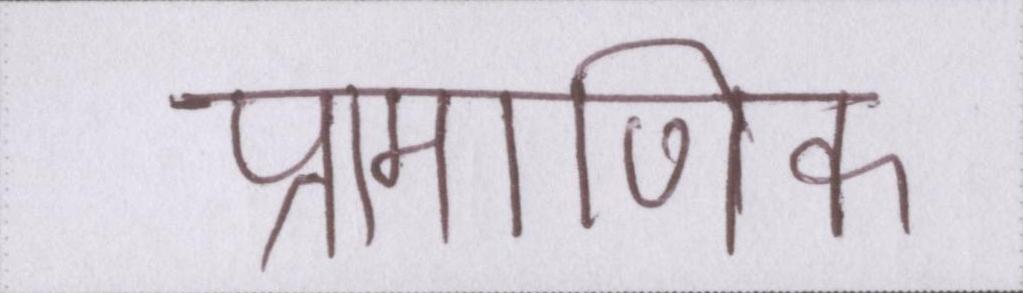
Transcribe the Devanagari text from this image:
प्रामाणिक